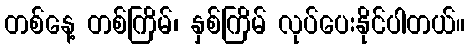
တစ်နေ့ တစ်ကြိမ်၊ နှစ်ကြိမ် လုပ်ပေးနိုင်ပါတယ်။